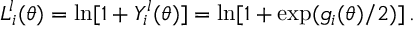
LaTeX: L _ { i } ^ { l } ( \theta ) = \ln [ 1 + Y _ { i } ^ { l } ( \theta ) ] = \ln [ 1 + \exp ( g _ { i } ( \theta ) / 2 ) ] \, .